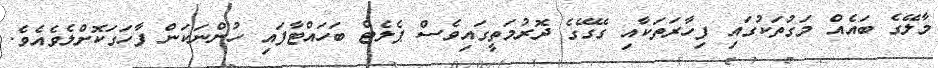
މާލޭގެ ބައެއް މަގުތަކުގައި ފިހާރަތަކާއި ގޭގޭގެ ދޮރުމަތީގައިވެސް ޕެލެޓް ބަހައްޓާފައި ހުންނަކަން ފާހަގަކޮށްލެވެއެވެ.